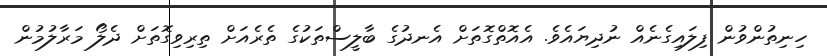
ހިނިތުންވުން ފިލައިގެނެއް ނުދިޔައެވެ. އެއޮތްގޮތަށް އެނދުގެ ބާލީސްތަކުގެ ތެރެއަށް ތިރިވިގޮތަށް ދެލޯ މަރާލުމުން